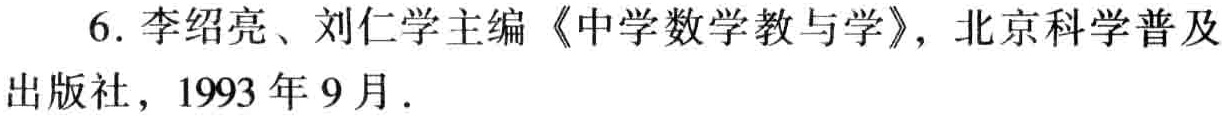
6. 李绍亮、刘仁学主编《中学数学教与学》，北京科学普及出版社，1993 年 9 月.